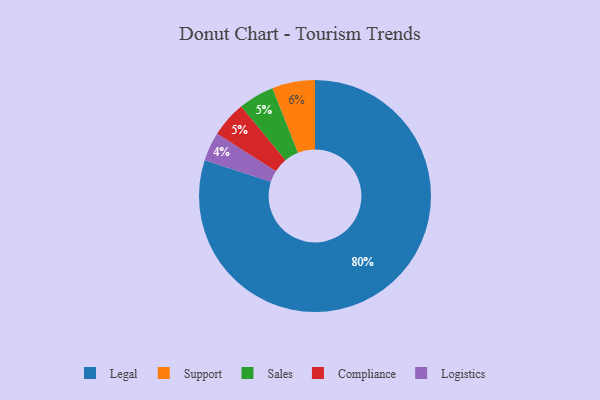
{"axis": {"x": "Category", "y": "Percentage"}, "legend": ["Compliance", "Legal", "Logistics", "Sales", "Support"], "data": [{"x": "Sales", "y": 5, "type": "Sales"}, {"x": "Legal", "y": 80, "type": "Legal"}, {"x": "Logistics", "y": 4, "type": "Logistics"}, {"x": "Support", "y": 6, "type": "Support"}, {"x": "Compliance", "y": 5, "type": "Compliance"}]}